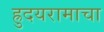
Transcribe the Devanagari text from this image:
ह्रुदयरामाचा